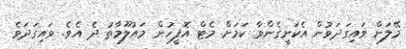
މޭލަށް ވައިގަދަވުން އެކަށީގެންވާ ކަމަށް މެޓް އޮފީހުން މައުލޫމާތު ދެ އެވެ. ވައިގަދަވެ